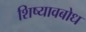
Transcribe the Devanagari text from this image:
शिष्यावबोध